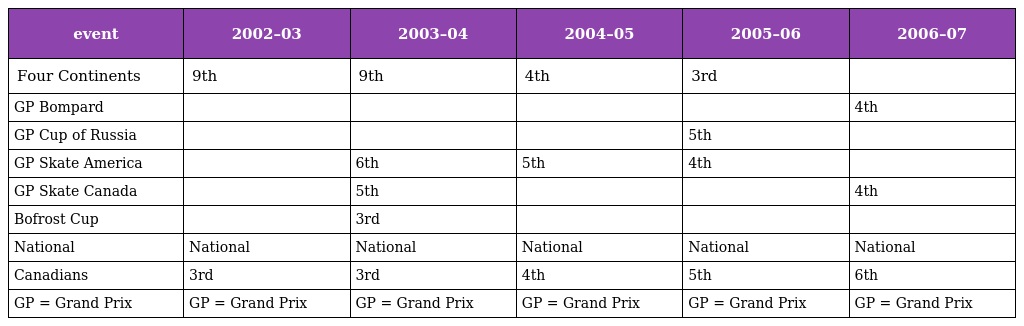
| event | 2002–03 | 2003–04 | 2004–05 | 2005–06 | 2006–07 |
 | --- | --- | --- | --- | --- | --- |
 | Four Continents | 9th | 9th | 4th | 3rd |  |
 | GP Bompard |  |  |  |  | 4th |
 | GP Cup of Russia |  |  |  | 5th |  |
 | GP Skate America |  | 6th | 5th | 4th |  |
 | GP Skate Canada |  | 5th |  |  | 4th |
 | Bofrost Cup |  | 3rd |  |  |  |
 | National | National | National | National | National | National |
 | Canadians | 3rd | 3rd | 4th | 5th | 6th |
 | GP = Grand Prix | GP = Grand Prix | GP = Grand Prix | GP = Grand Prix | GP = Grand Prix | GP = Grand Prix |